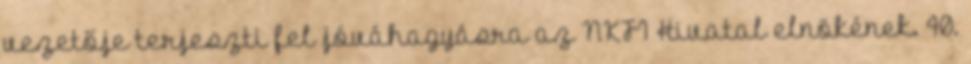
vezetője terjeszti fel jóváhagyásra az NKFI Hivatal elnökének. 40.